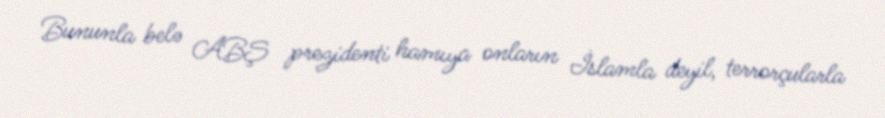
Bununla belə ABŞ prezidenti hamıya onların İslamla deyil, terrorçularla